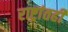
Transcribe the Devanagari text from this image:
राष्ट्रांतही